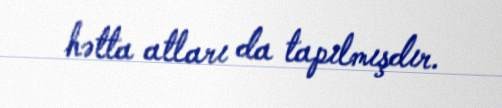
hətta atları da tapılmışdır.